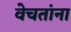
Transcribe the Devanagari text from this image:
वेचतांना